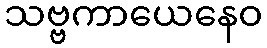
သဗ္ဗကာယေနေဝ